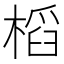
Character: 槄